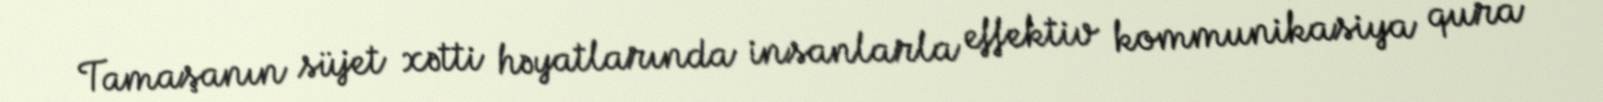
Tamaşanın süjet xətti həyatlarında insanlarla effektiv kommunikasiya qura